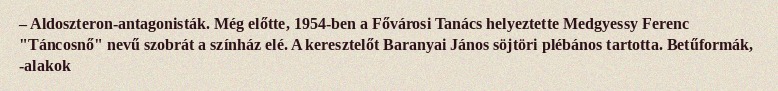
– Aldoszteron-antagonisták. Még előtte, 1954-ben a Fővárosi Tanács helyeztette Medgyessy Ferenc "Táncosnő" nevű szobrát a színház elé. A keresztelőt Baranyai János söjtöri plébános tartotta. Betűformák, -alakok